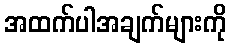
အထက်ပါအချက်များကို